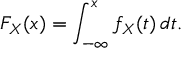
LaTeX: F _ { X } ( x ) = \int _ { - \infty } ^ { x } f _ { X } ( t ) \, d t .